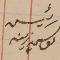
رئيس يوسف زينه